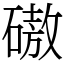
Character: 磝